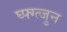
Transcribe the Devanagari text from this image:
घ्फ्ग्त्जुन